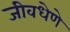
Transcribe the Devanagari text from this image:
जीवधेणे